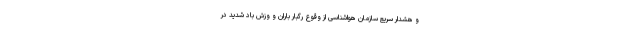
و هشدار سریع سازمان هواشناسی از وقوع رگبار باران و وزش باد شدید در